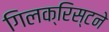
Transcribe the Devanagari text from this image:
गिलक्रिस्टने